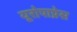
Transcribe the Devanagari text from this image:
यूरोपाप्रेस